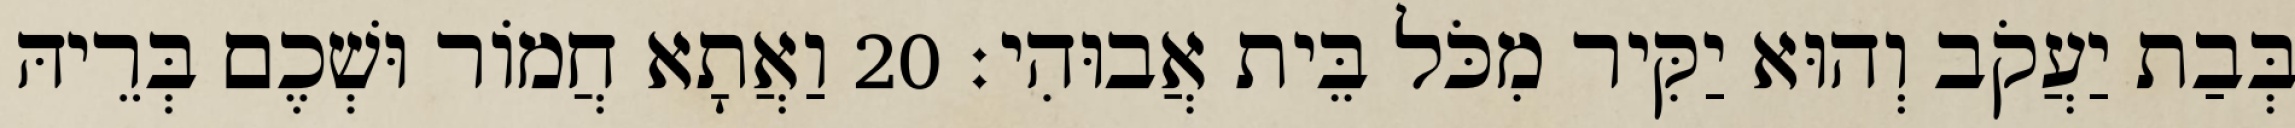
בְּבַת יַעֲקֹב וְהוּא יַקִּיר מִכֹּל בֵּית אֲבוּהִי׃ 20 וַאֲתָא חֲמוֹר וּשְׁכֶם בְּרֵיהּ